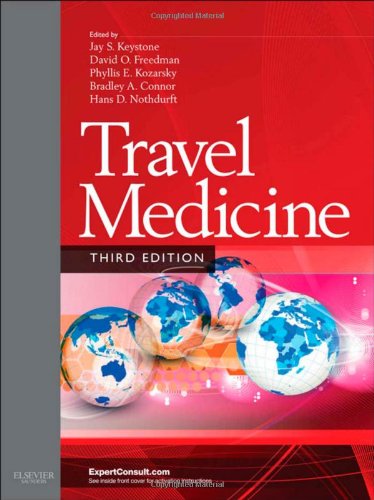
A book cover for Travel Medicine: Expert Consult - Online and Print, 3e; Jay S. Keystone MD; Health, Fitness & Dieting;